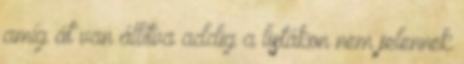
amíg át van állítva addig a listákon nem jelennek